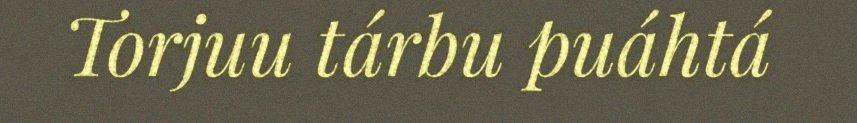
Torjuu tárbu puáhtá